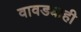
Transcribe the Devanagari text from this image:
वावड्याही